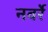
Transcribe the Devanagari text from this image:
नवर्रे